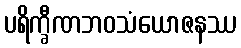
ပရိက္ခီဏဘဝသံယောဇနဿ